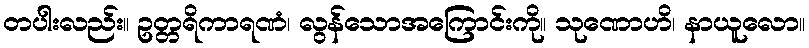
တပါးလည်း။ ဥတ္တရိကာရဏံ၊ လွန်သောအကြောင်းကို။ သုဏောဟိ၊ နာယူလော။